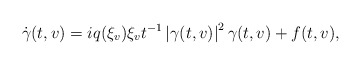
\begin{align*} \dot{\gamma}(t,v)&=iq(\xi_v)\xi_v t^{-1}\left|\gamma(t,v)\right|^2\gamma(t,v)+f(t,v),\end{align*}